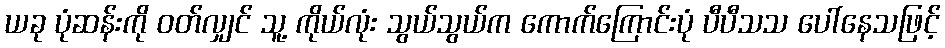
ယခု ပုံဆန်းကို ဝတ်လျှင် သူ့ ကိုယ်လုံး သွယ်သွယ်က ကောက်ကြောင်းပုံ ပီပီသသ ပေါ်နေသဖြင့်